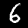
Label: 6